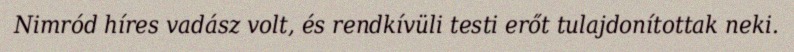
Nimród híres vadász volt, és rendkívüli testi erőt tulajdonítottak neki.